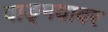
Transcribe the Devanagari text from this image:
वाङ्‌मयावर